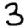
Digit: 3